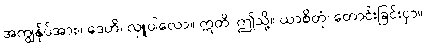
အကျွန်ုပ်အား။ ဒေဟိ၊ လှူပါလော။ ဣတိ၊ ဤသို့။ ယာစိတုံ၊ တောင်းခြင်းငှာ။